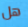
هل